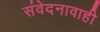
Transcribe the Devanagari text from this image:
संवेदनावाही